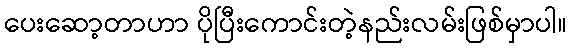
ပေးဆော့တာဟာ ပိုပြီးကောင်းတဲ့နည်းလမ်းဖြစ်မှာပါ။